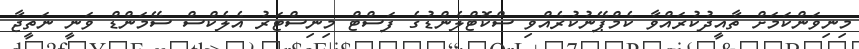
މިނިވަންކަމަށް ތާއީދުކުރައްވާ ކެމްޕޭނުކުރެއްވި ސްކޮޓްލެންޑުގެ ފަސްޓް މިނިސްޓަރު އެލެކްސް ސޭމަންޑް ވަނީ ނަތީޖާ